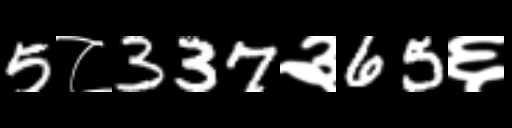
Text: 5८337३65६